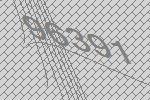
96391